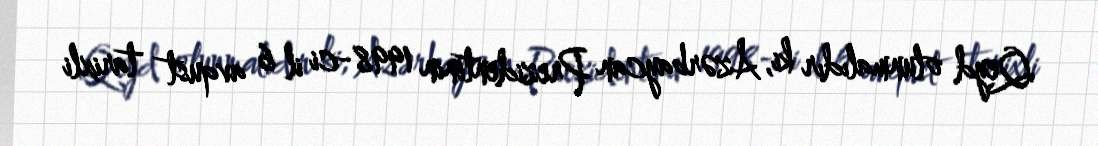
Qeyd olunmalıdır ki, Azərbaycan Prezidentinin 1998-ci il 6 avqust tarixli